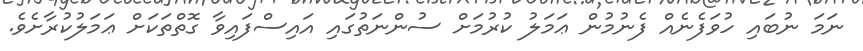
ނަމަ ނުބައި ހުވަފެނެއް ފެނުމުން ޢަމަލު ކުރުމަށް ސުންނަތުގައި އައިސްފައިވާ ގޮތްތަކަށް ޢަމަލުކުރާށެވެ.